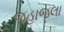
જહાજલા